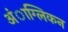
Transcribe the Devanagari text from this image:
अंाग्लिकन